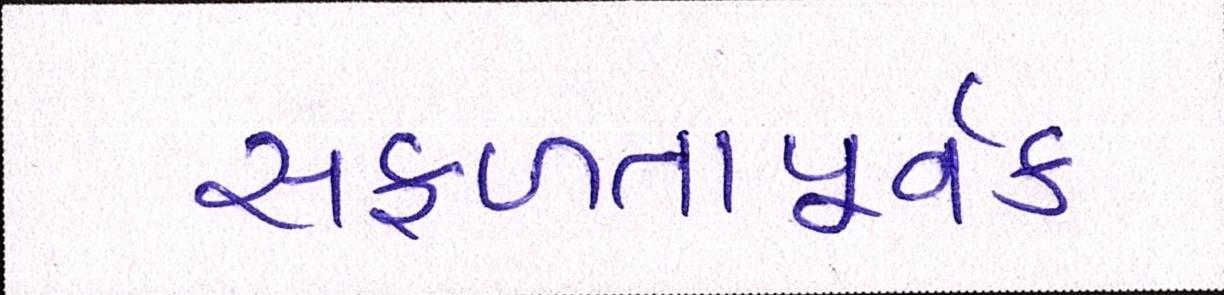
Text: સફળતાપૂર્વક